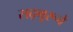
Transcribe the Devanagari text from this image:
सद्‌गुरूचे